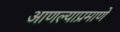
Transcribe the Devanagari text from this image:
आणल्याप्रमाणे